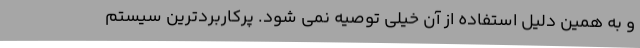
و به همین دلیل استفاده از آن خیلی توصیه نمی شود. پرکاربردترین سیستم